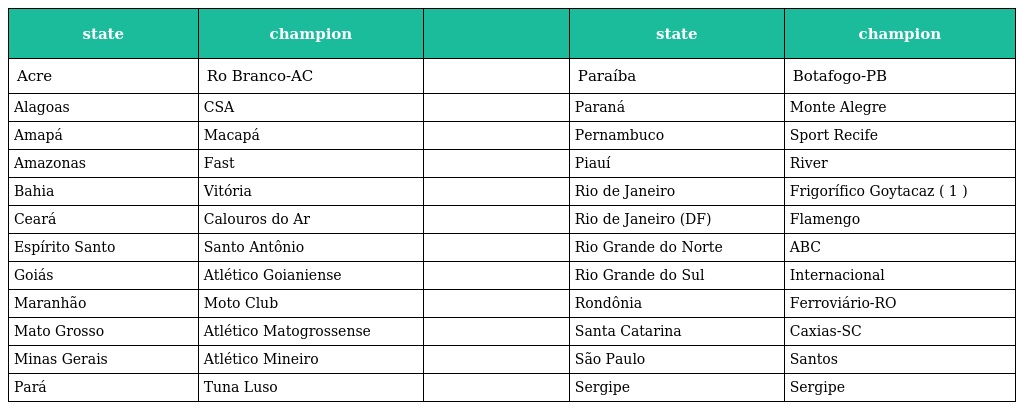
| state | champion |  | state | champion |
 | --- | --- | --- | --- | --- |
 | Acre | Ro Branco-AC |  | Paraíba | Botafogo-PB |
 | Alagoas | CSA |  | Paraná | Monte Alegre |
 | Amapá | Macapá |  | Pernambuco | Sport Recife |
 | Amazonas | Fast |  | Piauí | River |
 | Bahia | Vitória |  | Rio de Janeiro | Frigorífico Goytacaz ( 1 ) |
 | Ceará | Calouros do Ar |  | Rio de Janeiro (DF) | Flamengo |
 | Espírito Santo | Santo Antônio |  | Rio Grande do Norte | ABC |
 | Goiás | Atlético Goianiense |  | Rio Grande do Sul | Internacional |
 | Maranhão | Moto Club |  | Rondônia | Ferroviário-RO |
 | Mato Grosso | Atlético Matogrossense |  | Santa Catarina | Caxias-SC |
 | Minas Gerais | Atlético Mineiro |  | São Paulo | Santos |
 | Pará | Tuna Luso |  | Sergipe | Sergipe |